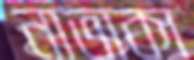
নাতাকা